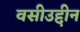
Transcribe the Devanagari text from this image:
वसीउद्दीन